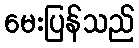
မေးပြန်သည်